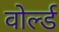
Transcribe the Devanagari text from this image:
वोर्ल्ड